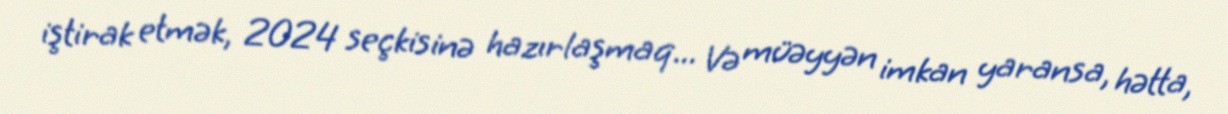
iştirak etmək, 2024 seçkisinə hazırlaşmaq... Və müəyyən imkan yaransa, hətta,